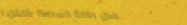
محل بقالة السعادة بأفضل ا